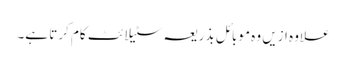
علاوہ ازیں وہ موبائل بذریعہ سٹیلائٹ کام کرتا ہے۔